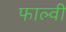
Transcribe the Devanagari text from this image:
फाल्वी